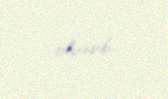
olunub.